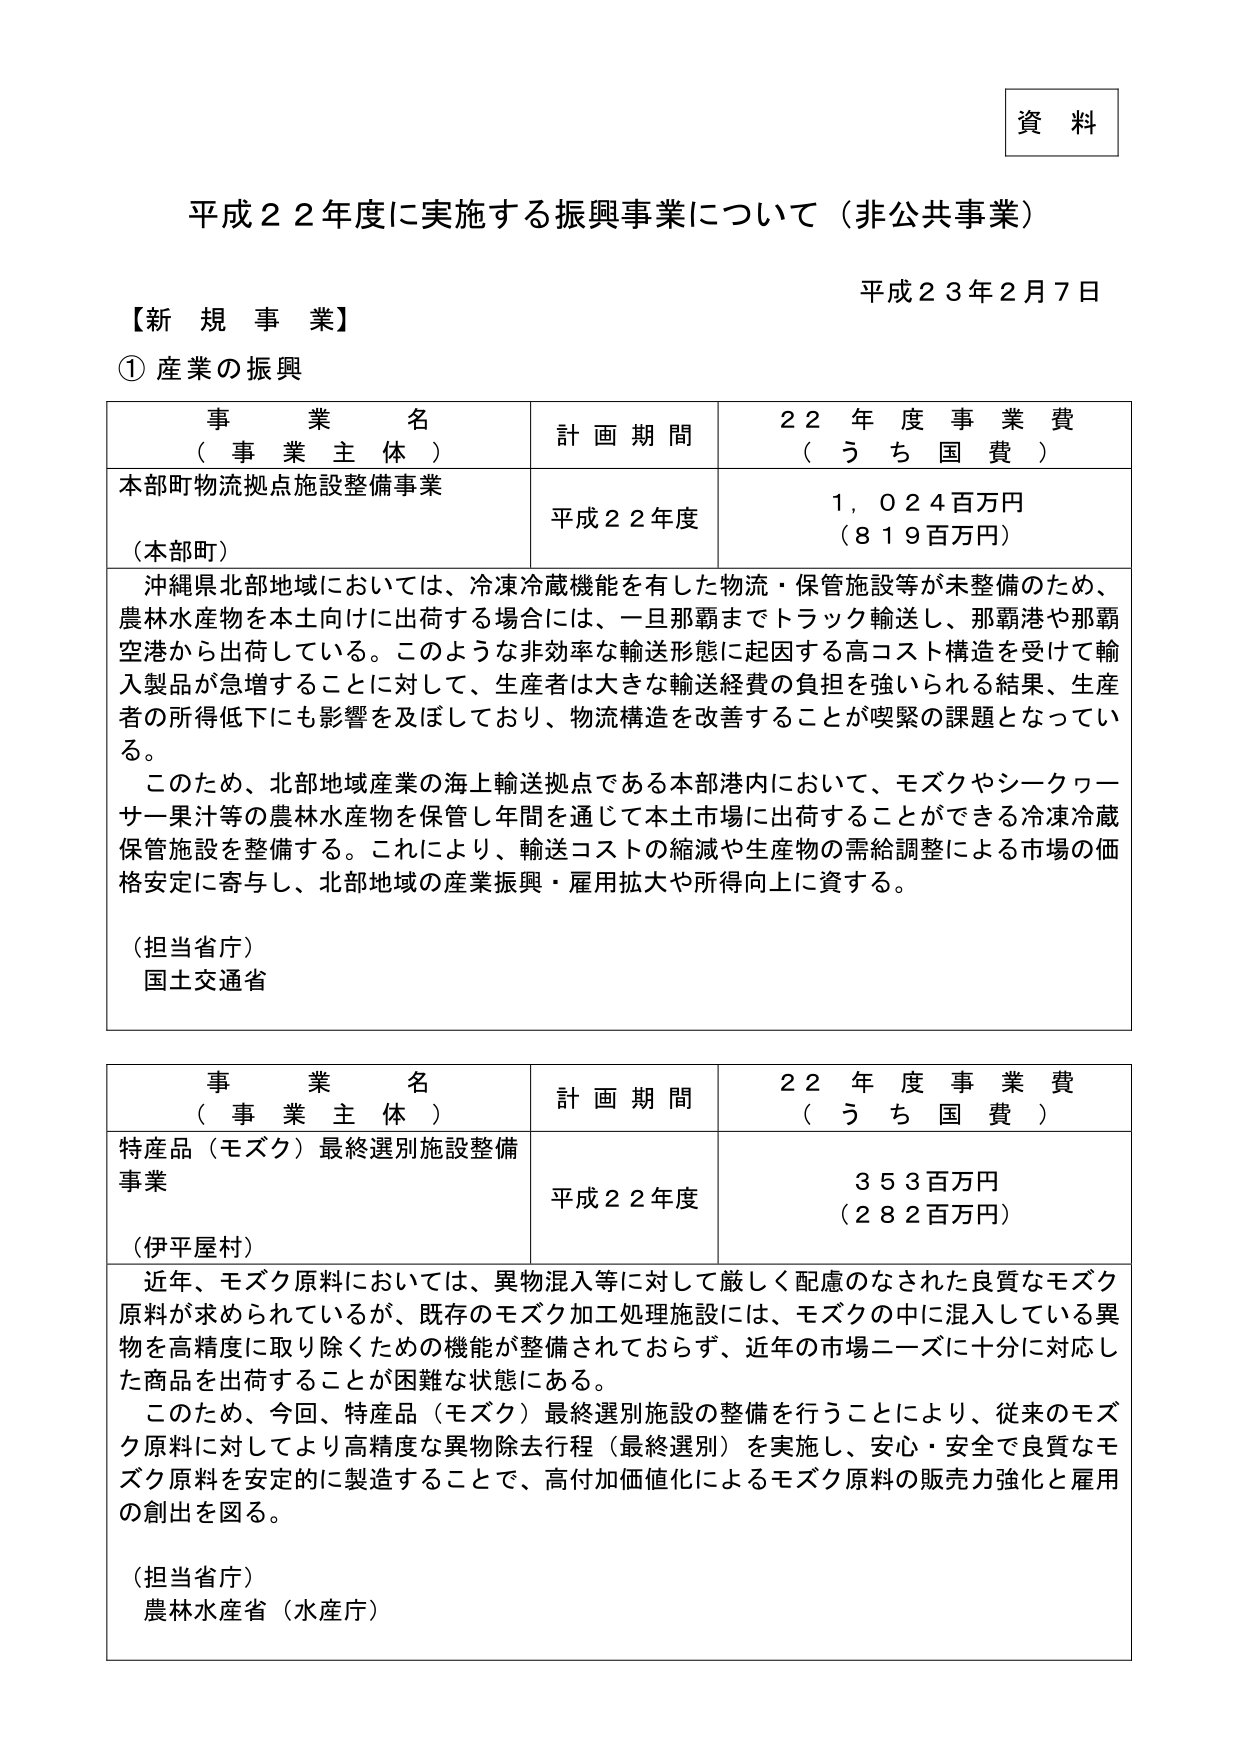
資料

平成２２年度に実施する振興事業について（非公共事業）

平成２３年２月７日

【新 規 事 業】

① 産業の振興

事 業 名
（事 業 主 体）
計 画 期 間
２２ 年 度 事 業 費
（う ち 国 費）

本部町物流拠点施設整備事業
（本部町）
平成２２年度
１，０２４百万円
（８１９百万円）

沖縄県北部地域においては、冷凍冷蔵機能を有した物流・保管施設等が未整備のため、
農林水産物を本土向けに出荷する場合には、一旦那覇までトラック輸送し、那覇港や那覇
空港から出荷している。このような非効率な輸送形態に起因する高コスト構造を受けて輸
入製品が急増することに対して、生産者は大きな輸送経費の負担を強いられる結果、生産
者の所得低下にも影響を及ぼしており、物流構造を改善することが喫緊の課題となってい
る。
このため、北部地域産業の海上輸送拠点である本部港内において、モズクやシークヮー
サー果汁等の農林水産物を保管し年間を通じて本土市場に出荷することができる冷凍冷蔵
保管施設を整備する。これにより、輸送コストの縮減や生産物の需給調整による市場の価
格安定に寄与し、北部地域の産業振興・雇用拡大や所得向上に資する。

（担当省庁）
国土交通省

事 業 名
（事 業 主 体）
計 画 期 間
２２ 年 度 事 業 費
（う ち 国 費）

特産品（モズク）最終選別施設整備
事業
（伊平屋村）
平成２２年度
３５３百万円
（２８２百万円）

近年、モズク原料においては、異物混入等に対して厳しく配慮のなされた良質なモズク
原料が求められているが、既存のモズク加工処理施設には、モズクの中に混入している異
物を高精度に取り除くための機能が整備されておらず、近年の市場ニーズに十分に対応し
た商品を出荷することが困難な状態にある。
このため、今回、特産品（モズク）最終選別施設の整備を行うことにより、従来のモズ
ク原料に対してより高精度な異物除去行程（最終選別）を実施し、安心・安全で良質なモ
ズク原料を安定的に製造することで、高付加価値化によるモズク原料の販売力強化と雇用
の創出を図る。

（担当省庁）
農林水産省（水産庁）